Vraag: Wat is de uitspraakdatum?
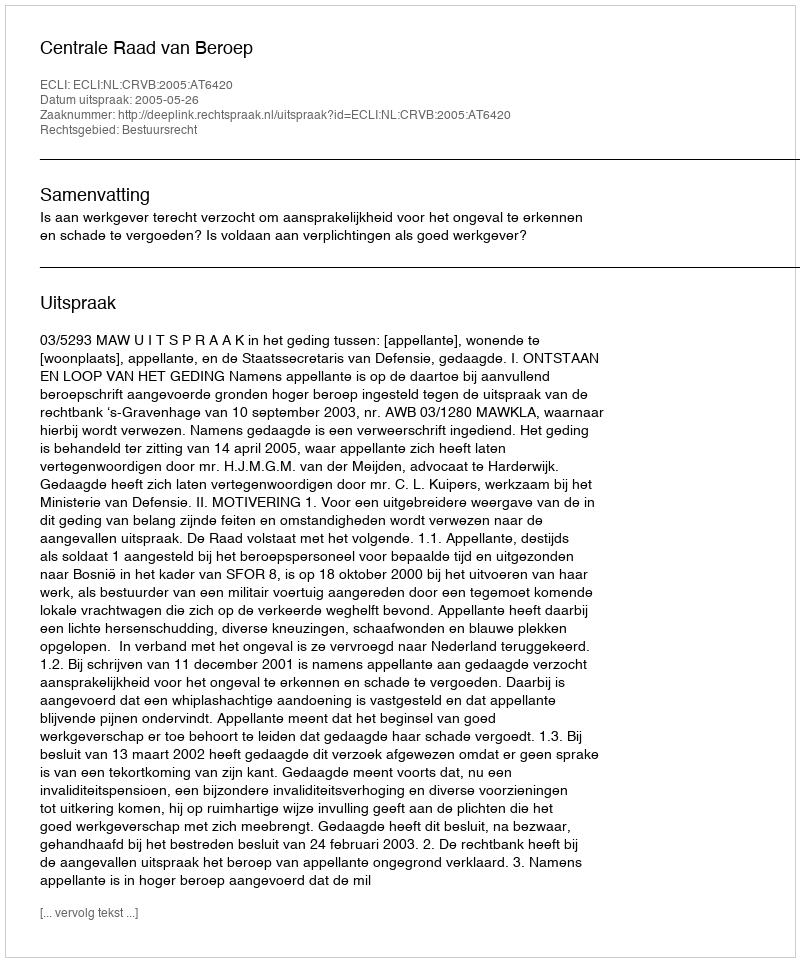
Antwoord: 2005-05-26